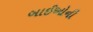
બાઈઓની